Report on inoculation in the plague infected areas of the Punjab and its dependencies from October 1900 to September 1901
Year: 1900
Disease focus: Plague
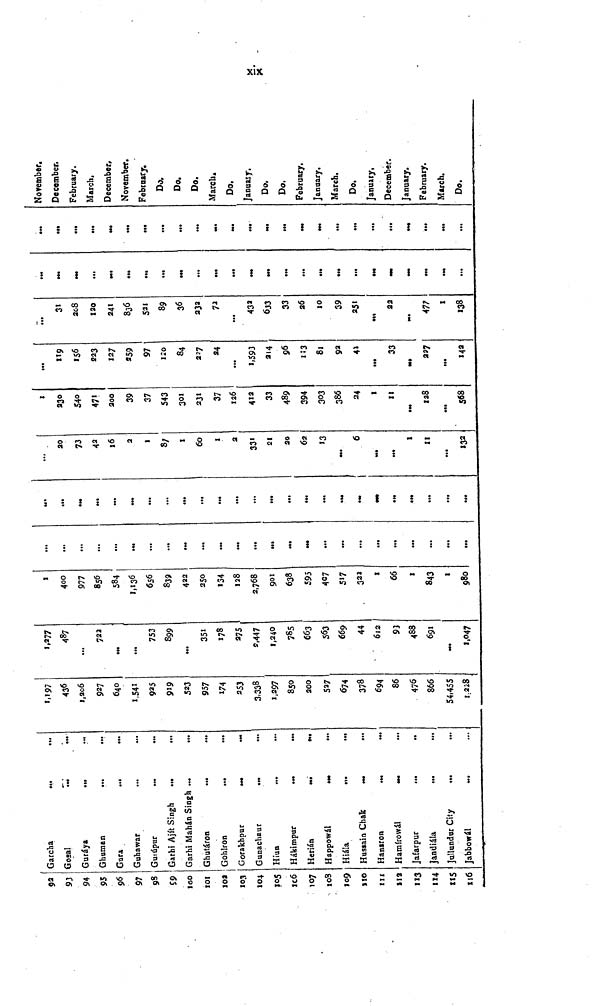
xix
92
93
94
95
96
97
98
99
100
101
102
103
104
105
106
107
108
109
110
111
112
113
114
115
116
Garcha
...
...
Gosal
Guráya
Ghuman
Gura
..
Guhawar
Gurúpur
Garhi Ajít Singh
Garhi Mahán Singh
Ghutáron
...
...
Gohlron
...
Gorakhpur
Gunachaur
...
...
Híun
Hákimpur
Herián
Happowál
Hiála
Hussain Chak
Hansron
Hamírowál
Jafarpur
Jandiála
...
...
Jullundur City
...
...
Jabbowál
1,197
436
1,206
927
640
1,541
925
919
523
957
174
253
3,338
1.297
850
200
527
674
378
694
86
476
866
54,455
1,228
1,277
487
...
722
...
753
899
...
351
178
275
2,447
1,240
785
663
563
669
44
612
93
488
691
1,047
1
400
977
856
584
1,136
656
839
422
250
134
128
2,768
901
638
595
407
517
323
1
66
1
843
1
980
...
...
...
...
...
...
...
...
...
...
...
...
...
...
...
...
...
...
...
...
...
...
...
...
...
...
...
...
..
...
...
...
...
...
20
73
42
16
2
1
87
1
60
1
2
331
21
20
62
13
6
...
1
11
...
132
1
230
540
471
200
39
37
543
301
231
37
126
412
33
489
394
303
386
24
1
11
128
568
...
119
156
223
127
259
97
120
84
227
24
...
1,593
214
96
113
81
92
41
...
33
227
142
...
31
208
120
241
836
531
89
36
232
72
...
432
613
33
26
10
39
251
22
477
1
138
...
...
...
...
...
...
—
...
...
...
...
...
...
...
...
...
...
...
...
...
November.
December.
February.
March.
December.
November.
February.
Do.
Do.
Do.
March.
Do.
January.
Do.
Do.
February.
January.
March.
Do.
January,
December.
January.
February.
Much.
Do.